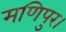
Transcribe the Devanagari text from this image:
मणिपुर।